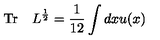
\mathrm { T r } \quad L ^ { \frac { 1 } { 2 } } = { \frac { 1 } { 1 2 } } \int d x u ( x )